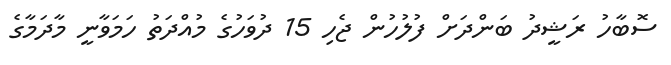
ސޮބާހު ރަޝީދު ބަންދަށް ފުލުހުން ޖެހި 15 ދުވަހުގެ މުއްދަތު ހަމަވާނީ މާދަމާގެ